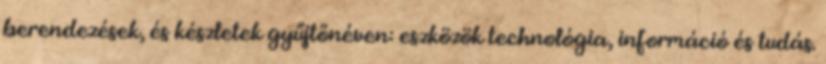
berendezések, és készletek gyűjtőnéven: eszközök technológia, információ és tudás.